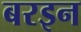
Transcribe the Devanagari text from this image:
बरइन